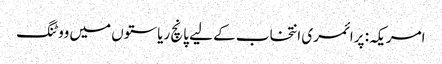
امریکہ: پرائمری انتخاب کے لیے پانچ ریاستوں میں ووٹنگ